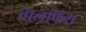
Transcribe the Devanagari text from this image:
वालफिश